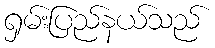
ရှမ်းပြည်နယ်သည်